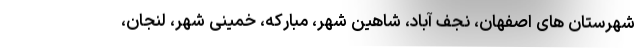
شهرستان های اصفهان، نجف آباد، شاهین شهر، مبارکه، خمینی شهر، لنجان،